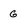
Character: g